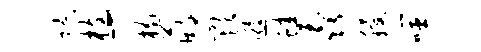
隙枝-楠萌欺逅蛙毳稷噬